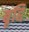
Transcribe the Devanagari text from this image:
बृद्दि